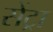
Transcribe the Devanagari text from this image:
सेंट्रा